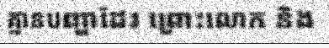
គ្មានបញ្ហាដែរ ព្រោះលោក និង